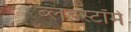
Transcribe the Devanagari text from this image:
ब्लडस्टॉर्म